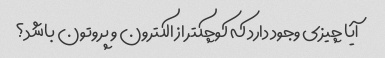
آیا چیزی وجود دارد که کوچکتر از الکترون و پروتون باشد؟